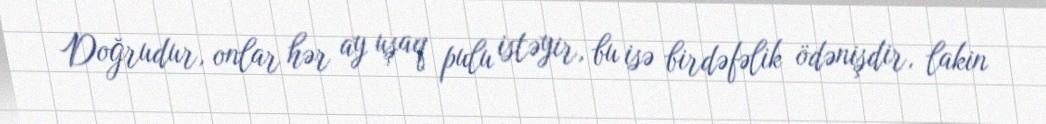
Doğrudur, onlar hər ay uşaq pulu istəyir, bu isə birdəfəlik ödənişdir, lakin